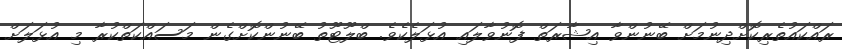
ރައްކައުތެރިކޮށްދިނުމަށް ބޭނުންވާ އިޝާރަތް ފޮނުވާލައި އުޅަލެކެވެ. ބްލޫޓޫތު ބޭނުންކޮށްގެން މަސައްކަތްކުރާ މި އުޅަލަށް